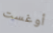
أوغست